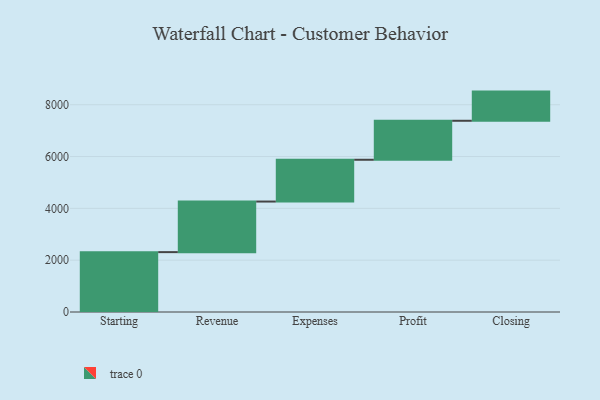
{"axis": {"x": "Step", "y": "Value"}, "legend": [""], "data": [{"x": "Starting", "y": 2311.0, "type": ""}, {"x": "Revenue", "y": 1952.0, "type": ""}, {"x": "Expenses", "y": 1613.0, "type": ""}, {"x": "Profit", "y": 1505.0, "type": ""}, {"x": "Closing", "y": 1126.0, "type": ""}]}